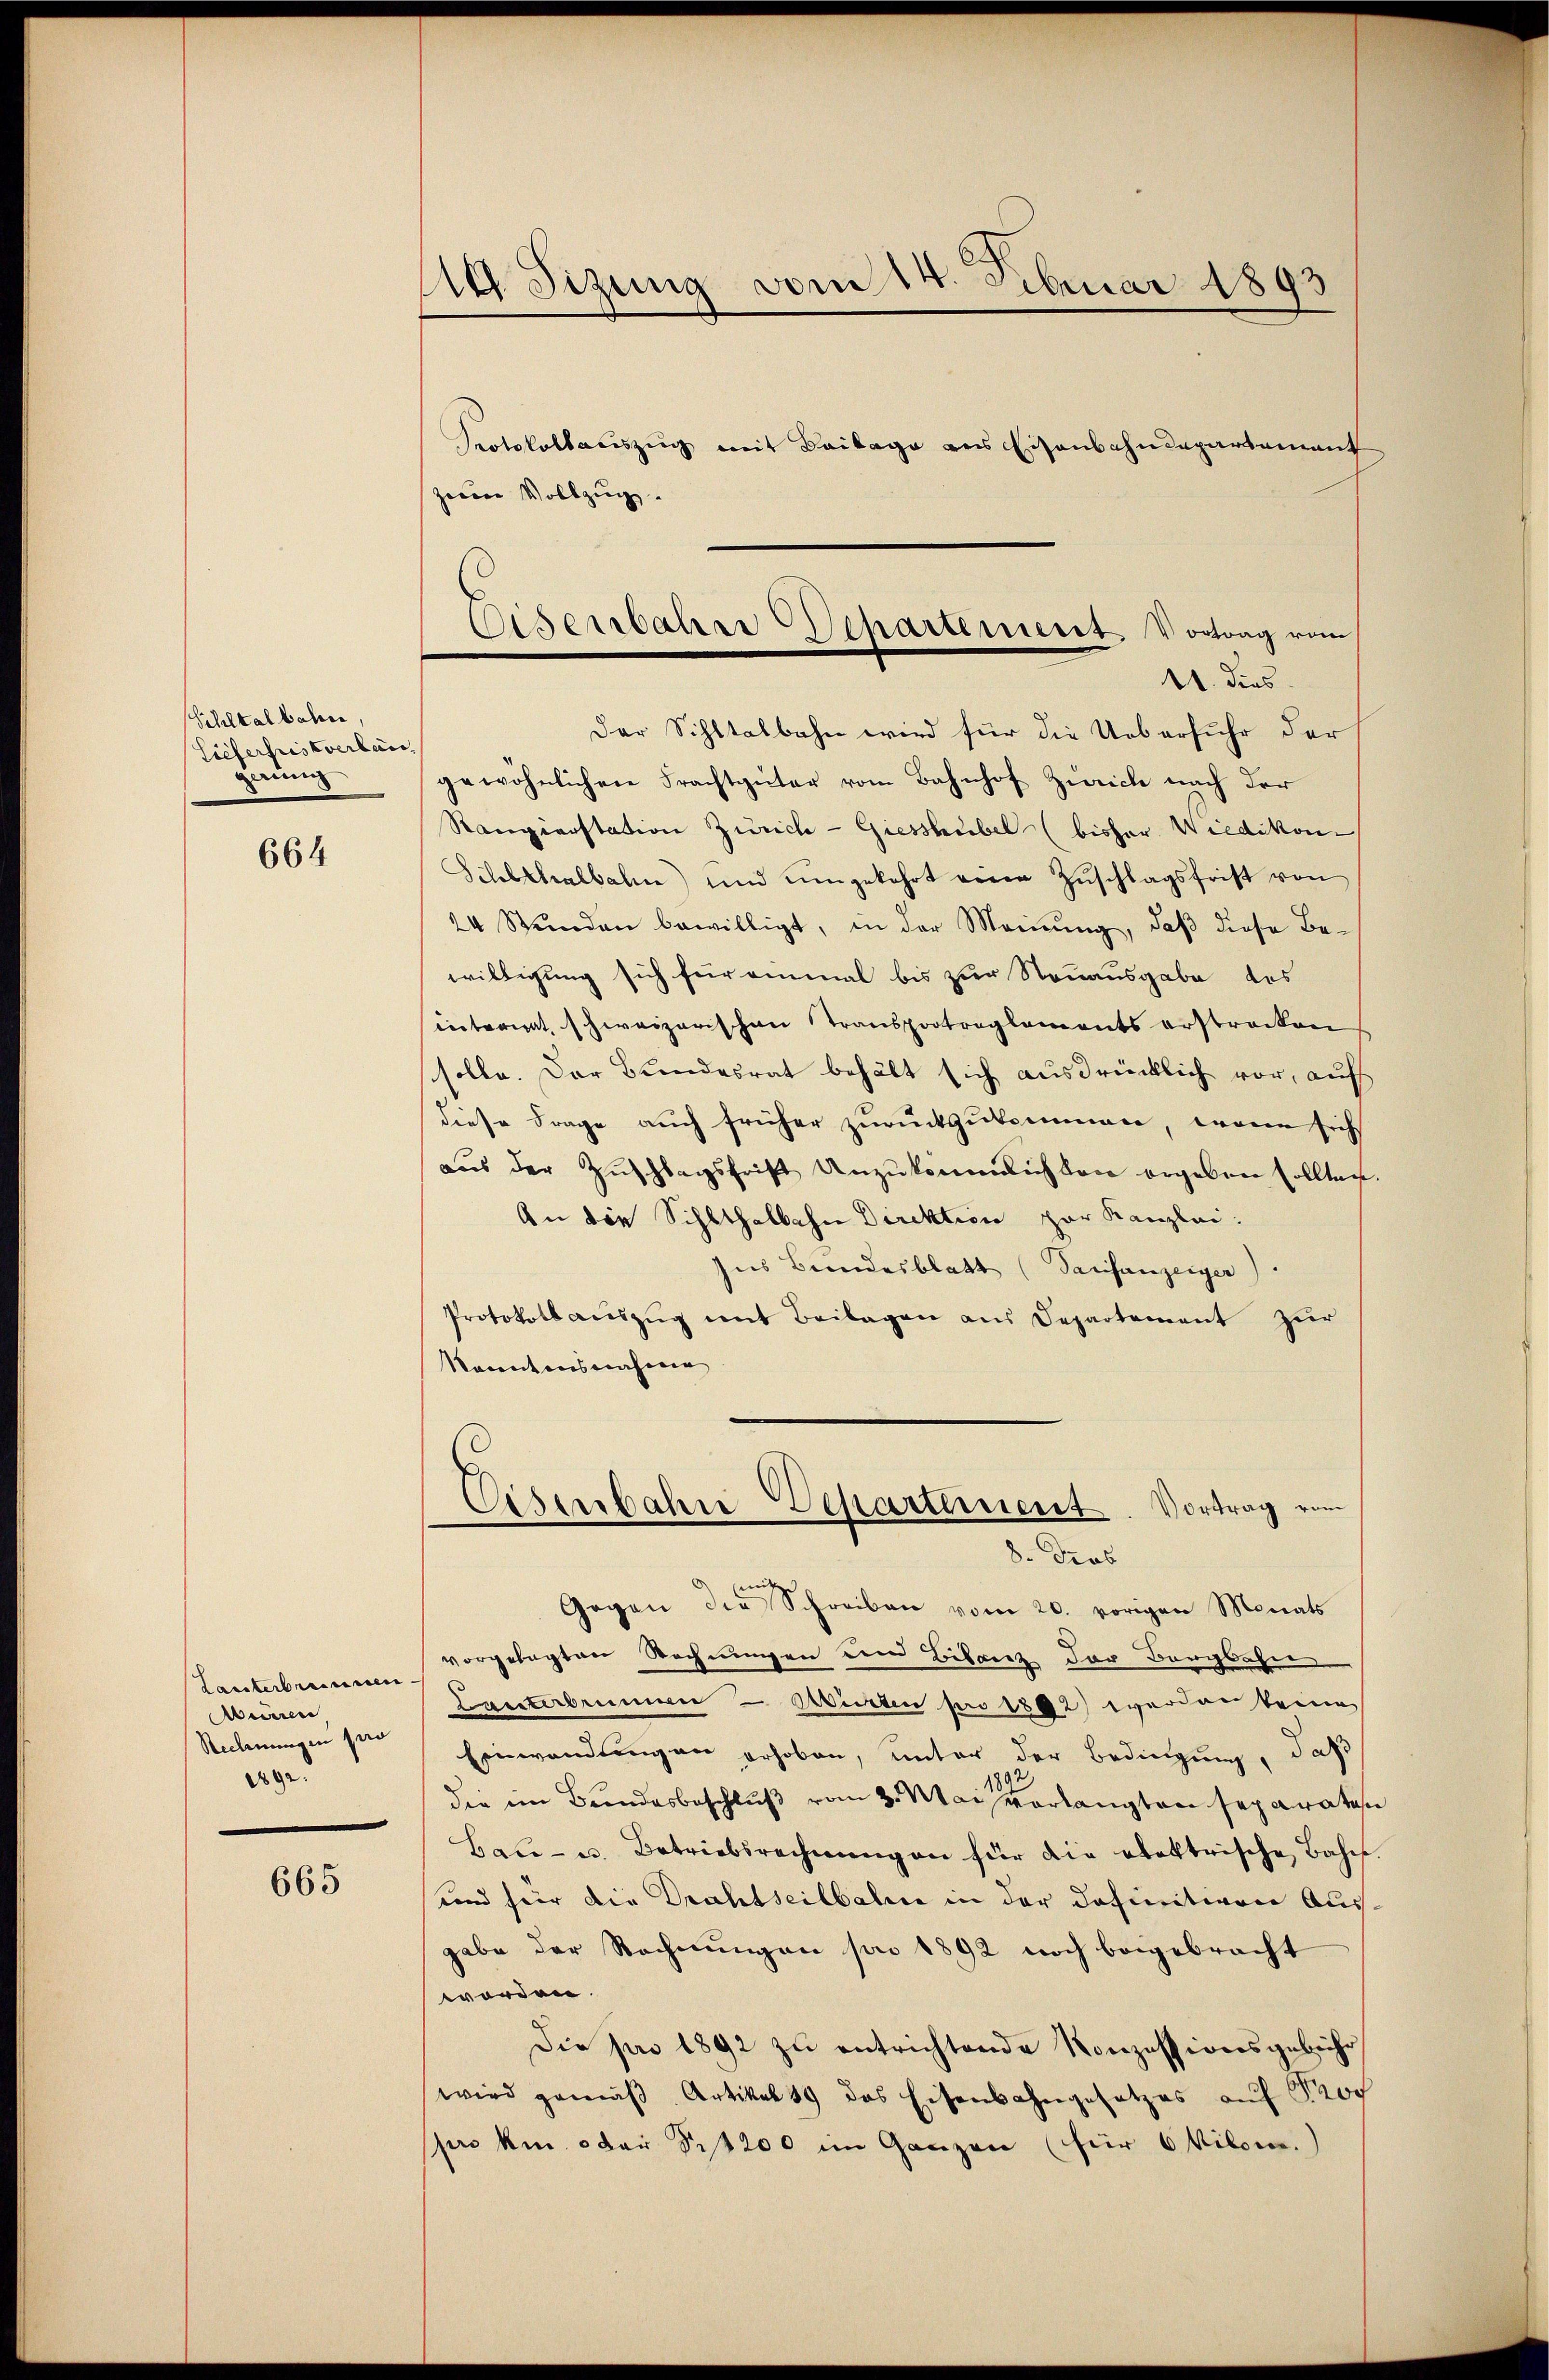
Schltalbahre
Lieferfristverlang
in

664

Lanterbrennen- |
Aenen
Rechnungen pro
eege

665

Protokollaŭszŭg mit Beilage ans Eisenbahndepartement
zweene Vollzug.
Der Schltalbahn wird für die Ueberfuhr der
gewöhnlichen Frachtgüter vom Bahnhof Zürich nach der
Rangienstation Zürich-Giesshübel (bisher Wiedikon-
Schlthalbahn und umgekehrt einen Zŭschlagsfrist von
24 Stŭnden bewilligt, in der Meinŭng, daβ diese Be-
willigung sich für einmal bis zur Neuausgabe des
entariat schweizerischen Transportreglements erstrecken
solle. Der Bundesrat behält sich ausdrücklich vor, auf
diese Frage auch früher zurückzukommen, wenn sich
aŭs der Zŭschlagsfrist Anzŭkommlich den ergeben sollten
An die Sihlthalbahn Direktion zur Kanzlei:
Ins Bundesblatt (Sarifanzeiger)
Protokolaŭszŭg mit Beilagen aus Departement zŭr
Konntensnahmen

114. Sitzung vom 14. Februar 1893

Eisenbahre Departement, Vortrag vom
11. dies

Eisenbahre Departement. Vortrag vom
. Prob

e
Gegen die Schreiben vom 20. vorigen Monats
vorgelegten Rechnungen den Bilanz der Bergbahn
Lanterbrum – Wirten pro 1802) werden keine
Einwandungen erhoben, unter der Bedingung, daß
die im Bundesbeschluß vom 2. Mai verlangten separaten
Bau- u. Betriebsrechnungen für die elektrische Bahn.
und für die Drahtseilbahne in der Definitionen Ausgabe der Rechnungen pro 1892 noch beigebracht
worden.
Die pro 1892 zu entrichtende Konzessionsgebühr
wird gemäβ Artikel 19 des Eisenbahngesetzes auf Prof
pro am oder § 1200 im Ganzen (für 6 Kilome.)